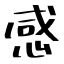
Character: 感